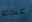
عندما